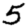
Digit: 5